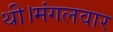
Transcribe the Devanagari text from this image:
थी।मंगलवार